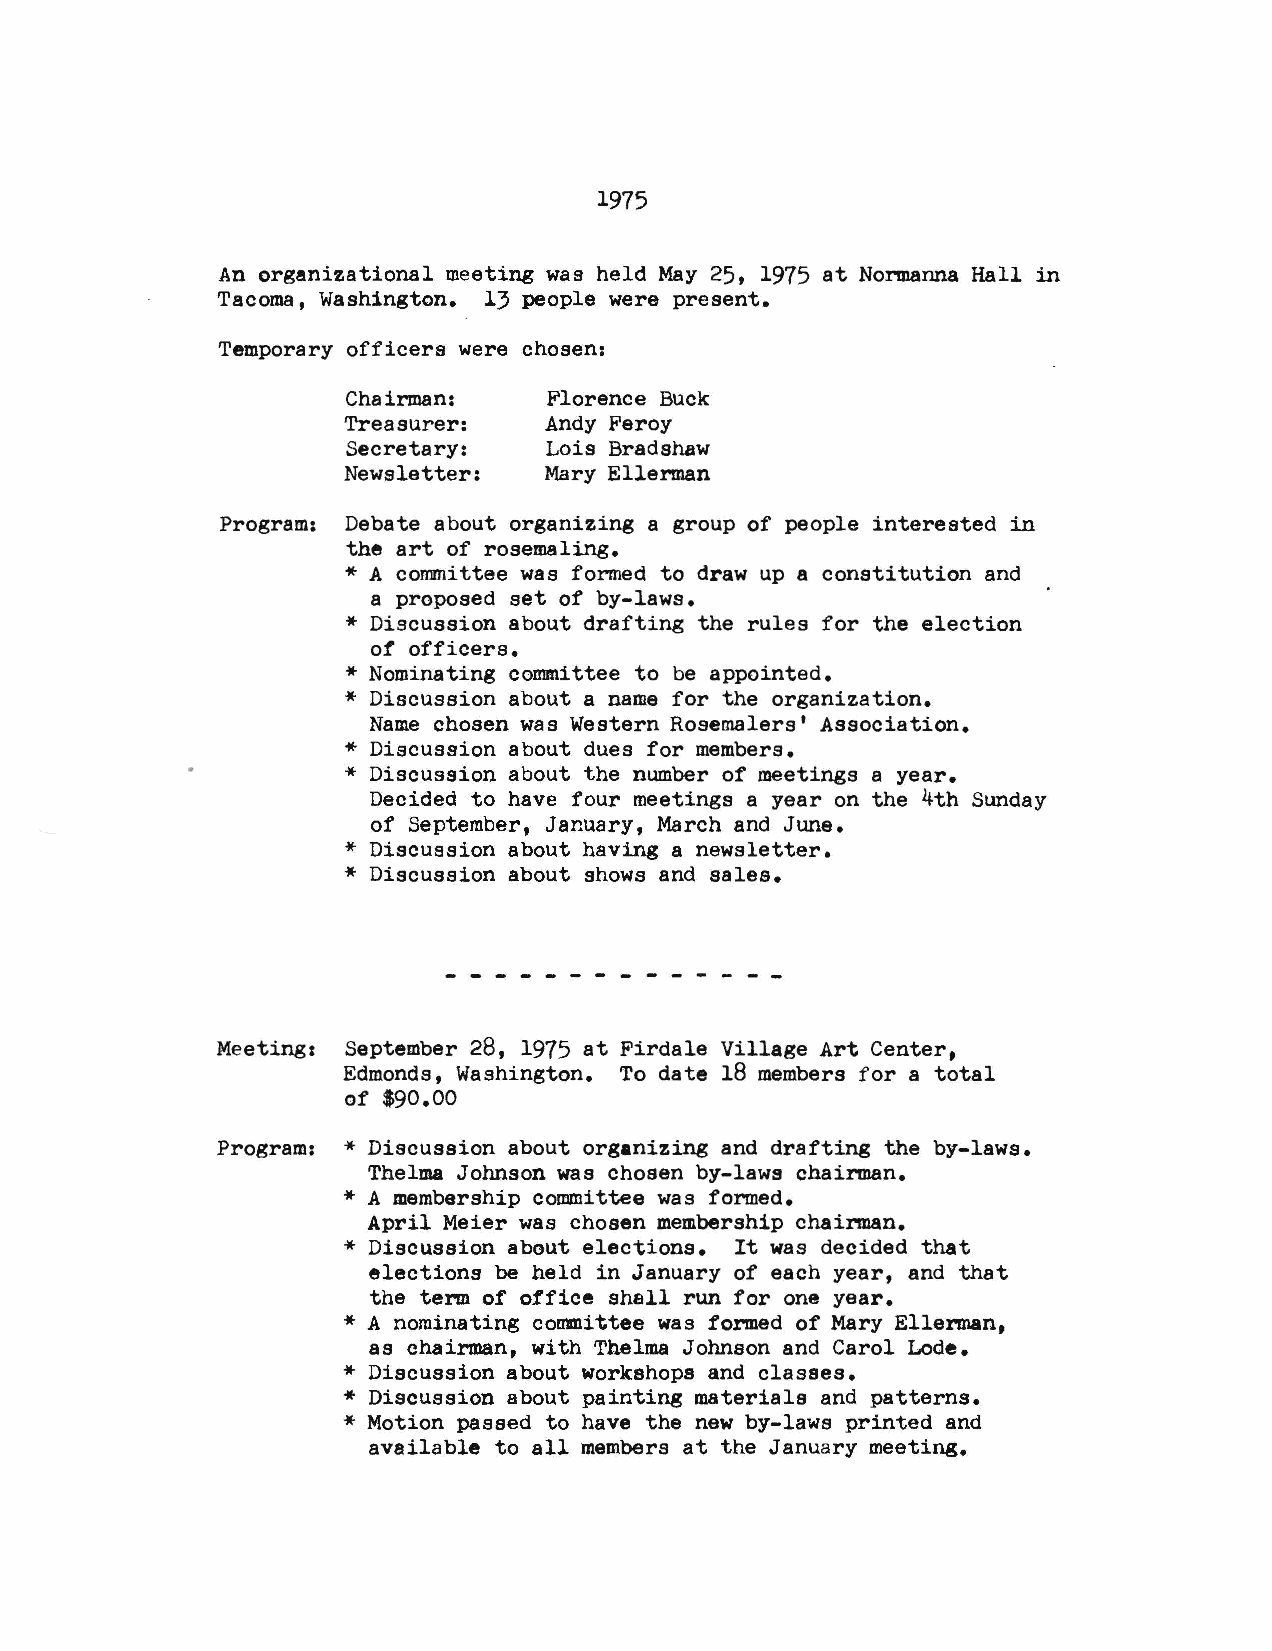
1975
 An organizational meeting was held May 25, 1975 at Normanna Hall in
 Tacoma, Washington. 13 people were present.
 Temporary officers were chosen:
 Chairman:    Florence Buck
 Treasurer:   Andy Feroy
 Secretary:   Lois Bradshaw
 Newsletter:  Mary Ellerman
 Program: Debate about organizing a group of people interested in
 the art of rosemaling.
 *
 A committee was formed to draw up a constitution and
 a proposed set of by-laws.
 * Discussion about drafting the rules for the election
 of officers.
 * Nominating committee to be appointed.
 *
 Discussion about a name for the organization.
 Name chosen was Western Rosemalers' Association.
 *
 Discussion about dues for members.
 * Discussion about the number of meetings a year.
 Decided to have four meetings a year on the 4th Sunday
 of September, January, March and June.
 * Discussion about having a newsletter.
 *
 Discussion about shows and sales.
 Meeting, September 28, 1975 at Firdale Village Art Center,
 Edmonds, Washington. To date 18 members for a total
 of $90.00
 Program: * Discussion about organizing and drafting the by-laws.
 Thelma Johnson was chosen by-laws chairman.
 * A membership committee was formed.
 April Meier was chosen membership chairman.
 *
 Discussion about elections. It was decided that
 elections be held in January of each year, and that
 the term of office shall run for one year.
 * A nominating coounittee was formed of Mary Ellerman,
 as chairman, with Thelma Johnson and Carol Lode.
 * Discussion about workshops and classes.
 * Discussion about painting materials and patterns.
 *
 Motion passed to have the new by-laws printed and
 available to all members at the January meeting.